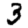
Digit: 3